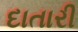
દાતારી